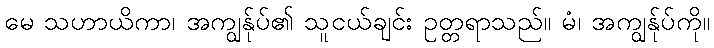
မေ သဟာယိကာ၊ အကျွန်ုပ်၏ သူငယ်ချင်း ဥတ္တရာသည်။ မံ၊ အကျွန်ုပ်ကို။